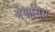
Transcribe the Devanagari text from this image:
मेगासिस